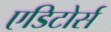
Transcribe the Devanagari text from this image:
एडिटोर्स